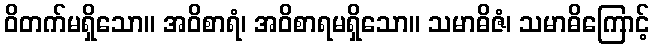
ဝိတက်မရှိသော။ အဝိစာရံ၊ အဝိစာရမရှိသော။ သမာဓိဇံ၊ သမာဓိကြောင့်